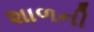
શાળની